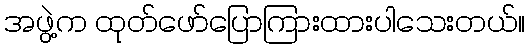
အဖွဲ့က ထုတ်ဖော်ပြောကြားထားပါသေးတယ်။